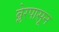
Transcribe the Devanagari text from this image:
ब्लेरपासून